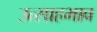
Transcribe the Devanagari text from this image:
उत्साहभाव